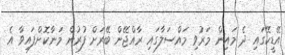
އޭޑީކޭގައި ދެ މައިން މަރުވި މައްސަލާގައި ރާއްޖޭން ބޭރަށް ފުރުން މަނާކޮށްފައިވާ އެ